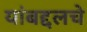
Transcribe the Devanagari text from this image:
यांबद्दलचे